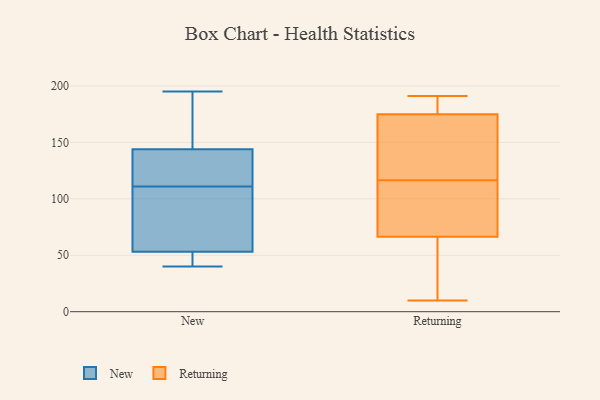
{"axis": {"x": "Conversion Rate (%)", "y": "Value"}, "legend": ["New", "Returning"], "data": [{"x": "", "y": 56, "type": "New"}, {"x": "", "y": 130, "type": "New"}, {"x": "", "y": 92, "type": "New"}, {"x": "", "y": 195, "type": "New"}, {"x": "", "y": 143, "type": "New"}, {"x": "", "y": 48, "type": "New"}, {"x": "", "y": 145, "type": "New"}, {"x": "", "y": 52, "type": "New"}, {"x": "", "y": 40, "type": "New"}, {"x": "", "y": 147, "type": "New"}, {"x": "", "y": 54, "type": "New"}, {"x": "", "y": 139, "type": "New"}, {"x": "", "y": 67, "type": "Returning"}, {"x": "", "y": 54, "type": "Returning"}, {"x": "", "y": 80, "type": "Returning"}, {"x": "", "y": 152, "type": "Returning"}, {"x": "", "y": 169, "type": "Returning"}, {"x": "", "y": 76, "type": "Returning"}, {"x": "", "y": 185, "type": "Returning"}, {"x": "", "y": 19, "type": "Returning"}, {"x": "", "y": 10, "type": "Returning"}, {"x": "", "y": 191, "type": "Returning"}, {"x": "", "y": 176, "type": "Returning"}, {"x": "", "y": 82, "type": "Returning"}, {"x": "", "y": 151, "type": "Returning"}, {"x": "", "y": 182, "type": "Returning"}, {"x": "", "y": 174, "type": "Returning"}, {"x": "", "y": 66, "type": "Returning"}]}